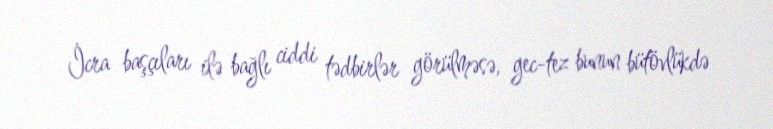
İcra başçıları ilə bağlı ciddi tədbirlər görülməsə, gec-tez bunun bütövlükdə